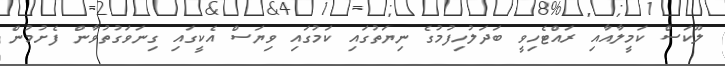
ލޫކަސް ކަމީލާއާއި ރައްޓެހިވީ ބަދަލުހިފުމުގެ ނިޔަތުގައި ކަމުގައި ވިޔަސް އެކީގައި ގިނަވަގުތުވާން ފެށުމުން